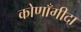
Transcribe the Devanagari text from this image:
कोणाँगीदा